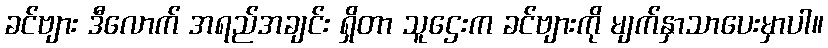
ခင်ဗျား ဒီလောက် အရည်အချင်း ရှိတာ သူဌေးက ခင်ဗျားကို မျက်နှာသာပေးမှာပါ။